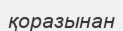
қоразынан